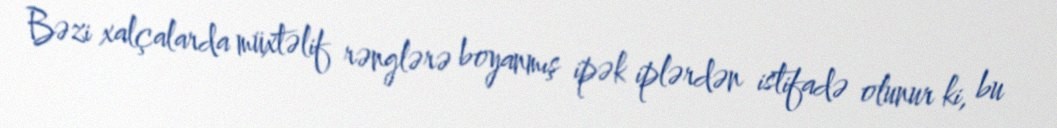
Bəzi xalçalarda müxtəlif rənglərə boyanmış ipək iplərdən istifadə olunur ki, bu